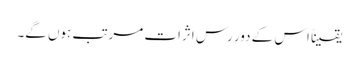
یقیناً اس کے دور رس اثرات مرتب ہوں گے۔